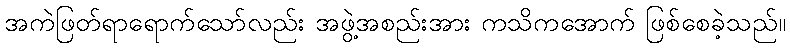
အကဲဖြတ်ရာရောက်သော်လည်း အဖွဲ့အစည်းအား ကသိကအောက် ဖြစ်စေခဲ့သည်။